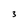
Character: 3